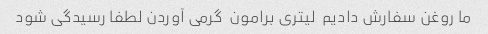
ما روغن سفارش دادیم  لیتری برامون  گرمی آوردن لطفا رسیدگی شود